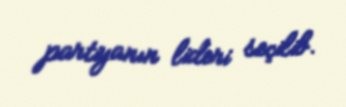
partiyanın lideri seçilib.